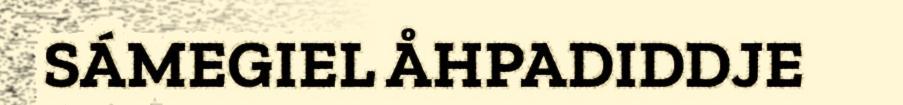
SÁMEGIEL ÅHPADIDDJE